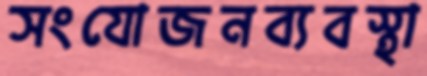
সংযোজনব্যবস্থা